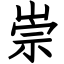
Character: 崇